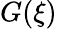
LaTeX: G(\xi)